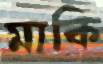
মাকি